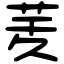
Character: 𦮖